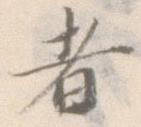
者